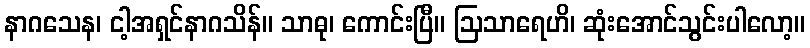
နာဂသေန၊ ငါ့အရှင်နာဂသိန်။ သာဓု၊ ကောင်းပြီ။ ဩသာရေဟိ၊ ဆုံးအောင်သွင်းပါလော့။